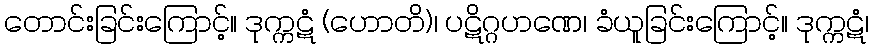
တောင်းခြင်းကြောင့်။ ဒုက္ကဋံ (ဟောတိ)၊ ပဋိဂ္ဂဟဏေ၊ ခံယူခြင်းကြောင့်။ ဒုက္ကဋံ၊